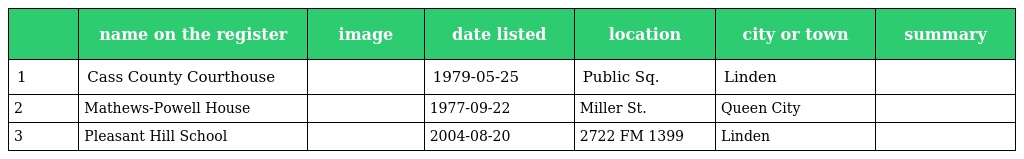
|  | name on the register | image | date listed | location | city or town | summary |
 | --- | --- | --- | --- | --- | --- | --- |
 | 1 | Cass County Courthouse |  | 1979-05-25 | Public Sq. | Linden |  |
 | 2 | Mathews-Powell House |  | 1977-09-22 | Miller St. | Queen City |  |
 | 3 | Pleasant Hill School |  | 2004-08-20 | 2722 FM 1399 | Linden |  |